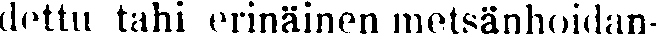
dettu tahi erinäinen metsänhoidan-